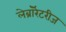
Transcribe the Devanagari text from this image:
लेब्रॉरेटरीज